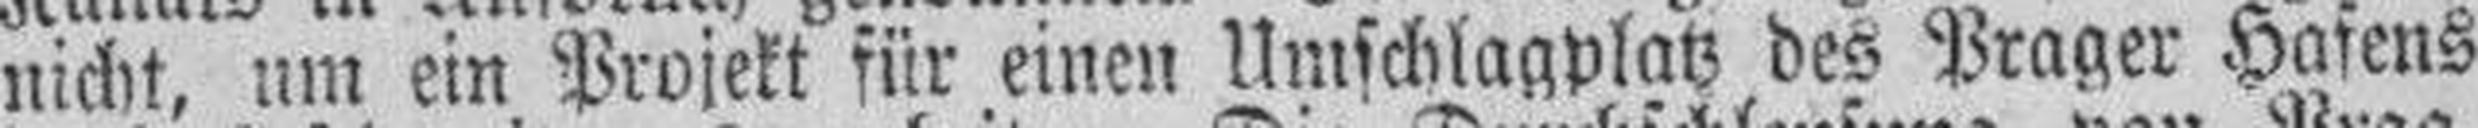
nicht, um ein Projekt für einen Umschlagplatz des Prager Hafens